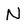
Character: N